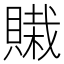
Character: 𰷊